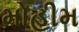
મોહીમ